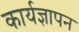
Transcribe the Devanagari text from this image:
कार्यज्ञापन